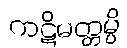
ကဋိမတ္တမ္ပိ